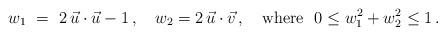
LaTeX: \begin{align*}w_1 ~=~ 2 \, \vec u\cdot \vec u - 1 \,, \quad w_2 = 2 \, \vec u\cdot \vec v \,,\quad {\rm where\ } \ 0 \le w_1^2 + w_2^2 \le 1\,.\end{align*}